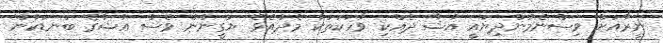
ނީރާއަށް ވިސްނެމުންދިޔައީ އުޝާ ދެއްކި ވާހަކަތަކާ މެދުއެވެ. ޔަގީނުން ވެސް އުޝާގެ ބަނޑަކުން